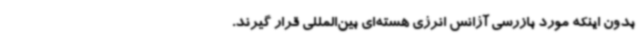
بدون اینکه مورد بازرسی آژانس انرژی هسته‌ای بین‌المللی قرار گیرند.